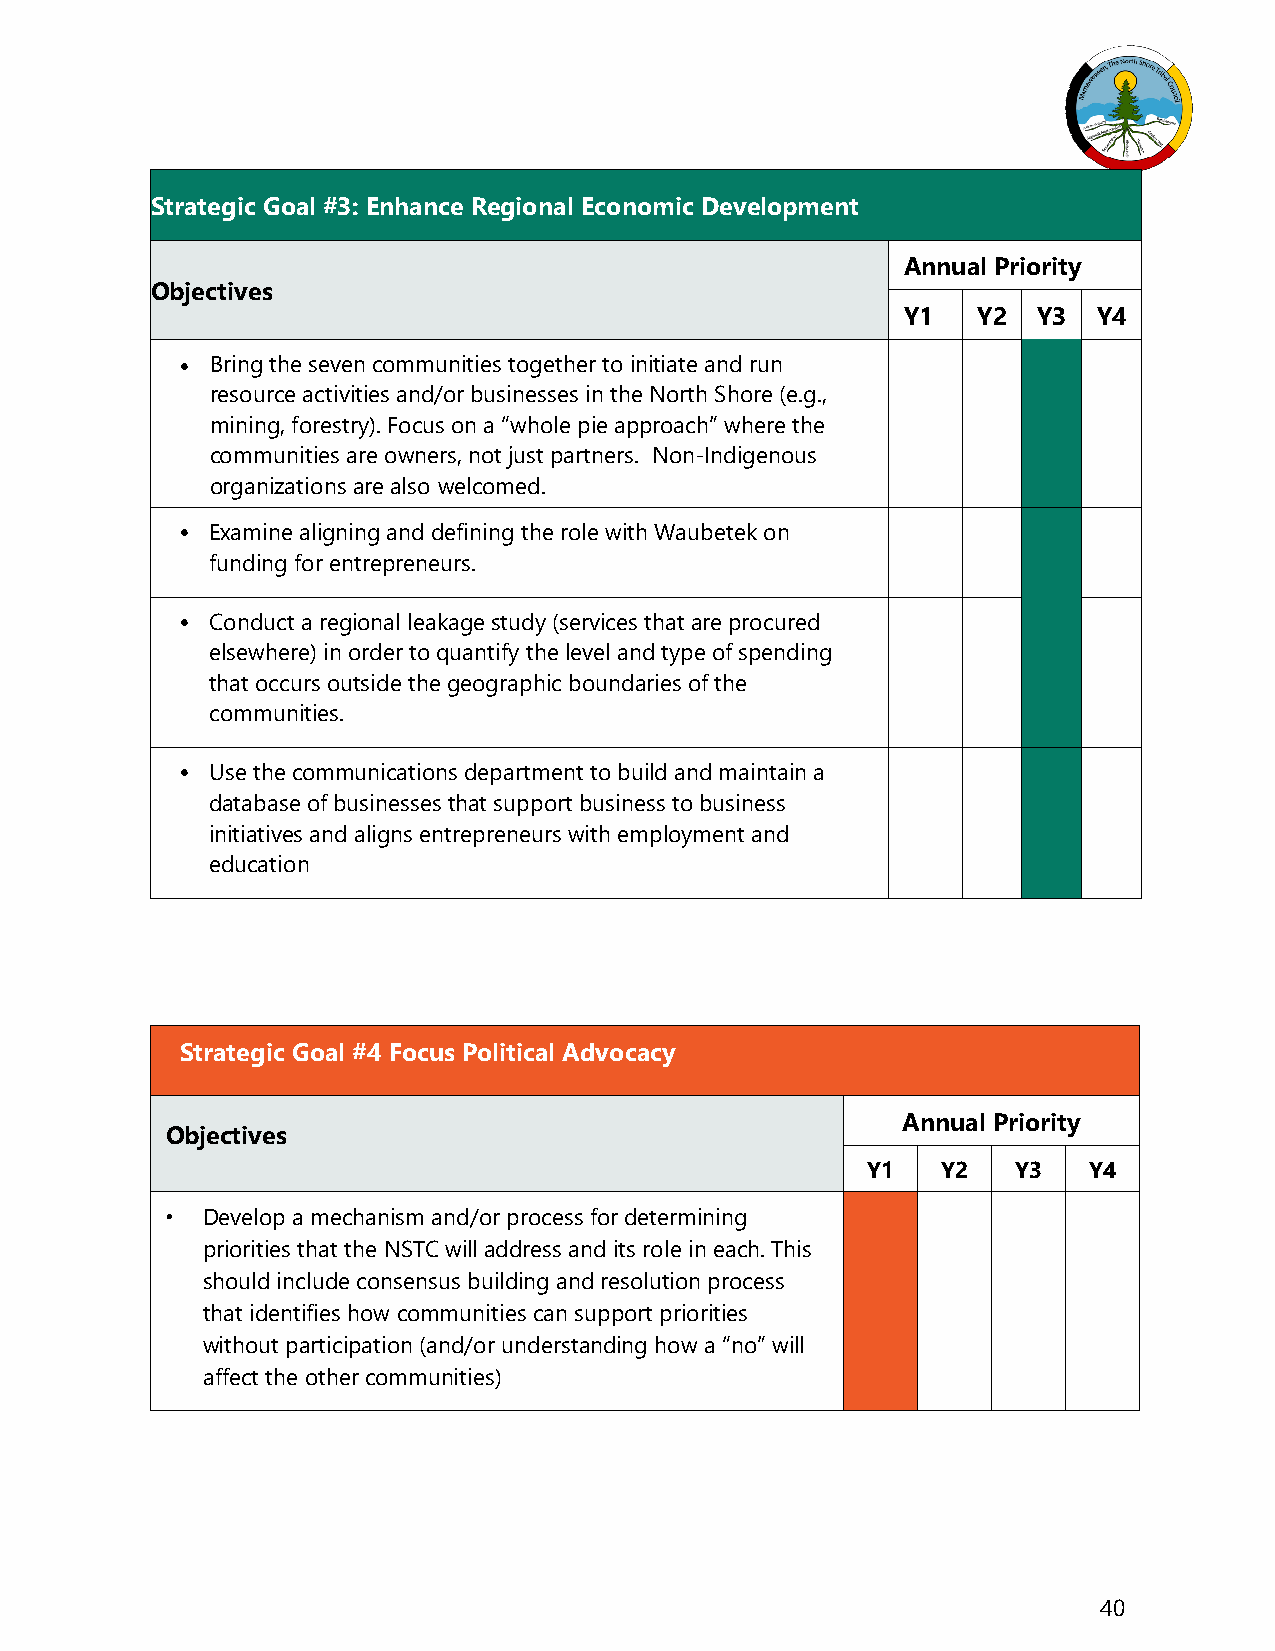
Strategic Goal #3: Enhance Regional Economic Development
 Annual Priority
 Objectives
 Y1   Y2  Y3  Y4
  Bring the seven communities together to initiate and run
 resource activities and/or businesses in the North Shore (e.g.,
 mining, forestry). Focus on a “whole pie approach” where the
 communities are owners, not just partners. Non-Indigenous
 organizations are also welcomed.
  Examine aligning and defining the role with Waubetek on
 funding for entrepreneurs.
  Conduct a regional leakage study (services that are procured
 elsewhere) in order to quantify the level and type of spending
 that occurs outside the geographic boundaries of the
 communities.
  Use the communications department to build and maintain a
 database of businesses that support business to business
 initiatives and aligns entrepreneurs with employment and
 education
 Strategic Goal #4 Focus Political Advocacy
 Annual Priority
 Objectives
 Y1   Y2   Y3   Y4
  Develop a mechanism and/or process for determining
 priorities that the NSTC will address and its role in each. This
 should include consensus building and resolution process
 that identifies how communities can support priorities
 without participation (and/or understanding how a “no” will
 affect the other communities)
 40